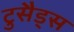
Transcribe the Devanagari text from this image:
टुसैड्स